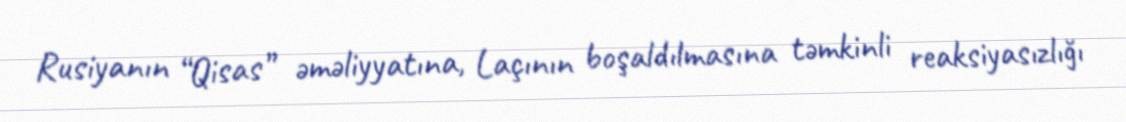
Rusiyanın “Qisas” əməliyyatına, Laçının boşaldılmasına təmkinli reaksiyasızlığı